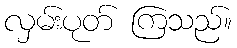
လှမ်းပုတ် ကြသည်။